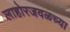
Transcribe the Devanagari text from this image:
लाहोरजवळच्या